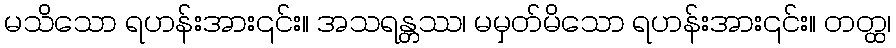
မသိသော ရဟန်းအား၎င်း။ အသရန္တဿ၊ မမှတ်မိသော ရဟန်းအား၎င်း။ တတ္ထ၊